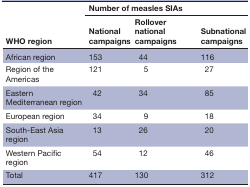
<table><thead><tr><td rowspan="2"><b>WHO region</b></td><td colspan="3"><b>Number of measles SIAs</b></td></tr><tr><td><b>National campaigns</b></td><td><b>Rollover national campaigns</b></td><td><b>Subnational campaigns</b></td></tr></thead><tbody><tr><td>African region</td><td>153</td><td>44</td><td>116</td></tr><tr><td>Region of the Americas</td><td>121</td><td>5</td><td>27</td></tr><tr><td>Eastern Mediterranean region</td><td>42</td><td>34</td><td>85</td></tr><tr><td>European region</td><td>34</td><td>9</td><td>18</td></tr><tr><td>South-East Asia region</td><td>13</td><td>26</td><td>20</td></tr><tr><td>Western Pacific region</td><td>54</td><td>12</td><td>46</td></tr><tr><td>Total</td><td>417</td><td>130</td><td>312</td></tr></tbody></table>